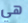
هي